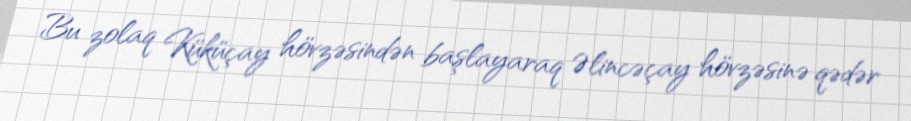
Bu zolaq Küküçay hövzəsindən başlayaraq Əlincəçay hövzəsinə qədər